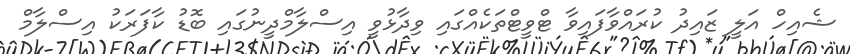
ޝެއިހް އަލީ ޒައިދު ކުރައްވާފައިވާ ޓްވީޓްތަކެއްގައި ވިދާޅުވީ އިސްލާމްދީނުގައި ބޮޑު ކާފަރަކު އިސްލާމް